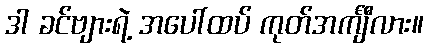
ဒါ ခင်ဗျားရဲ့ အပေါ်ထပ် ကုတ်အင်္ကျီလား။